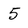
Character: 5